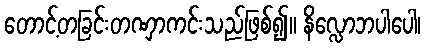
တောင့်တခြင်းတဏှာကင်းသည်ဖြစ်၍။ နိလ္လောဘပါပေါ၊